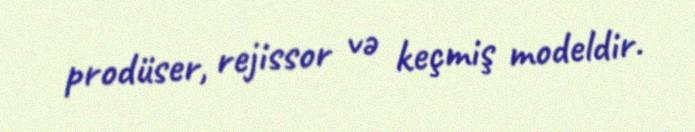
prodüser, rejissor və keçmiş modeldir.